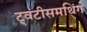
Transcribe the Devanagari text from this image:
ट्वंटीसमथिंग